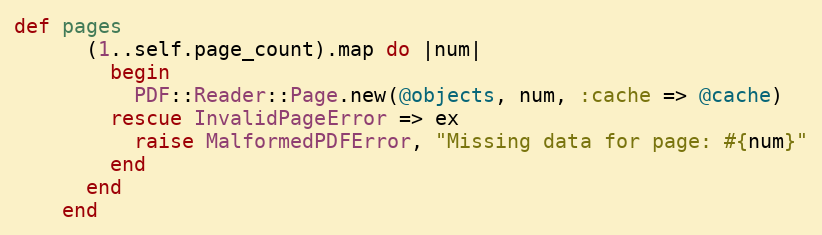
Language: Ruby
def pages
      (1..self.page_count).map do |num|
        begin
          PDF::Reader::Page.new(@objects, num, :cache => @cache)
        rescue InvalidPageError => ex
          raise MalformedPDFError, "Missing data for page: #{num}"
        end
      end
    end